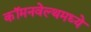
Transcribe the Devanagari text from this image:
कॉमनवेल्थमध्ये